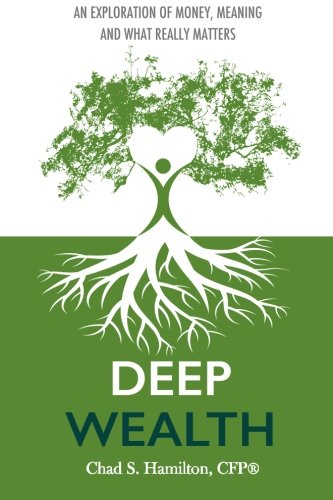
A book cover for Deep Wealth: An Exploration of Money, Meaning, and What Really Matters; Chad S Hamilton; Business & Money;